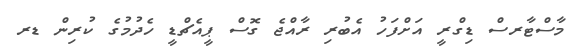
މާސްޓާރސް ޑިގްރީ އަށްފަހު އެބުރި ރާއްޖެ ގޮސް ޕީއެޗްޑީ ހެދުމުގެ ކުރިން ޑރ